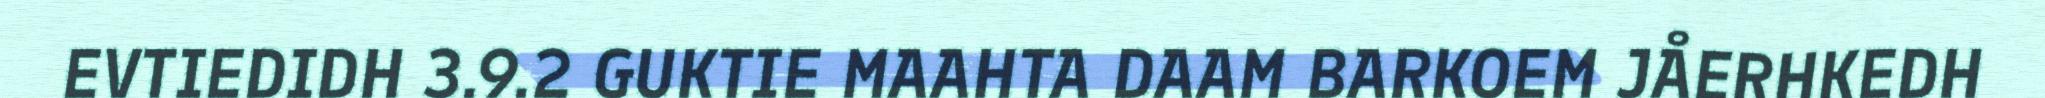
EVTIEDIDH 3.9.2 GUKTIE MAAHTA DAAM BARKOEM JÅERHKEDH